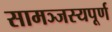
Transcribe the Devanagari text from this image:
सामञ्जस्यपूर्ण